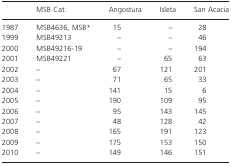
<table><thead><tr><td></td><td><b>MSB Cat.</b></td><td><b>Angostura</b></td><td><b>Isleta</b></td><td><b>San Acacia</b></td></tr></thead><tbody><tr><td>1987</td><td>MSB4636, MSB*</td><td>15</td><td>–</td><td>28</td></tr><tr><td>1999</td><td>MSB49213</td><td>–</td><td>–</td><td>46</td></tr><tr><td>2000</td><td>MSB49216-19</td><td>–</td><td>–</td><td>194</td></tr><tr><td>2001</td><td>MSB49221</td><td>–</td><td>65</td><td>63</td></tr><tr><td>2002</td><td>–</td><td>67</td><td>121</td><td>201</td></tr><tr><td>2003</td><td>–</td><td>71</td><td>65</td><td>33</td></tr><tr><td>2004</td><td>–</td><td>141</td><td>15</td><td>6</td></tr><tr><td>2005</td><td>–</td><td>190</td><td>109</td><td>95</td></tr><tr><td>2006</td><td>–</td><td>95</td><td>143</td><td>145</td></tr><tr><td>2007</td><td>–</td><td>48</td><td>128</td><td>42</td></tr><tr><td>2008</td><td>–</td><td>165</td><td>191</td><td>123</td></tr><tr><td>2009</td><td>–</td><td>175</td><td>153</td><td>150</td></tr><tr><td>2010</td><td>–</td><td>149</td><td>146</td><td>151</td></tr></tbody></table>